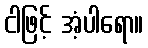
ငါဖြင့် အံ့ပါရော။